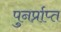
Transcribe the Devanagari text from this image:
पुनर्प्राप्‍त